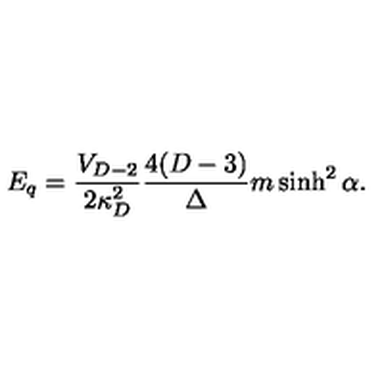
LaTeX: E _ { q } = { \frac { V _ { D - 2 } } { 2 \kappa _ { D } ^ { 2 } } } { \frac { 4 ( D - 3 ) } { \Delta } } m \sinh ^ { 2 } \alpha .